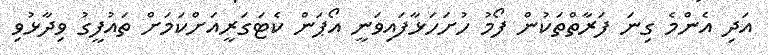
އަދި އެންމެ ގިނަ ފަރާތްތަކުން ފޯމު ހުށަހަޅާފައިވަނީ އޯޕަން ކެޓަގަރީއަށްކަމަށް ތައުފީގު ވިދާޅުވި